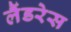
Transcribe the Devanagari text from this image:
लैंडरेस